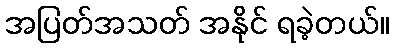
အပြတ်အသတ် အနိုင် ရခဲ့တယ်။